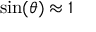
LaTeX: \sin ( \theta ) \approx 1